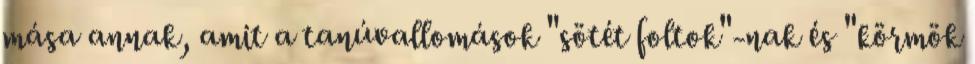
mása annak, amit a tanúvallomások "sötét foltok"-nak és "körmök